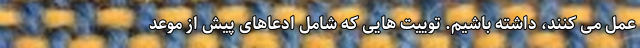
عمل می کنند، داشته باشیم. توییت هایی که شامل ادعاهای پیش از موعد